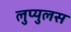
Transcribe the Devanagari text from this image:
लुप्युलस